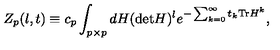
Z _ { p } ( l , t ) \equiv c _ { p } \int _ { p \times p } d H ( \mathrm { d e t } H ) ^ { l } e ^ { - \sum _ { k = 0 } ^ { \infty } t _ { k } \mathrm { T r } H ^ { k } } ,